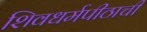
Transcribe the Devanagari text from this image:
शिवधर्मपीठाची